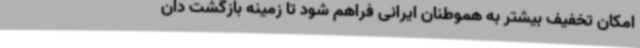
امکان تخفیف بیشتر به هموطنان ایرانی فراهم شود تا زمینه بازگشت دان